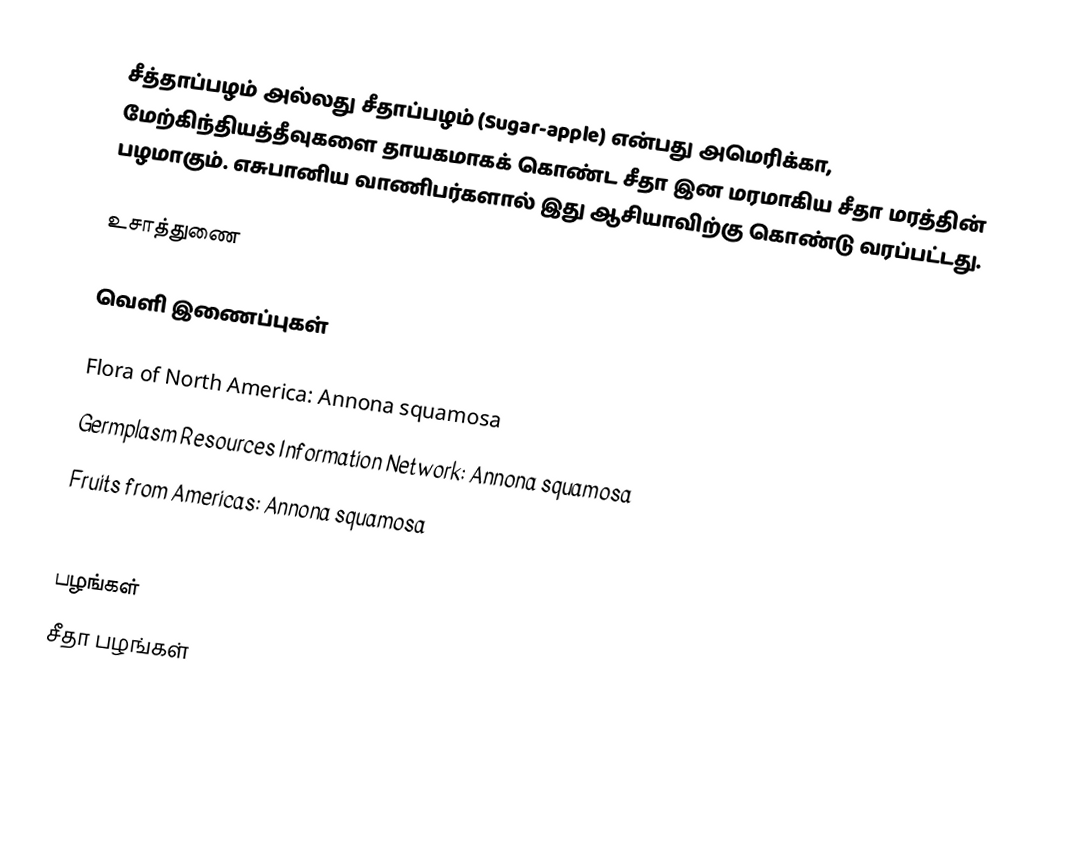
சீத்தாப்பழம் அல்லது சீதாப்பழம் (Sugar-apple) என்பது அமெரிக்கா, மேற்கிந்தியத்தீவுகளை தாயகமாகக் கொண்ட சீதா இன மரமாகிய சீதா மரத்தின் பழமாகும். எசுபானிய வாணிபர்களால் இது ஆசியாவிற்கு கொண்டு வரப்பட்டது.

உசாத்துணை

வெளி இணைப்புகள்

Flora of North America: Annona squamosa
Germplasm Resources Information Network: Annona squamosa
Fruits from Americas: Annona squamosa
Pacific Island Ecosystems at Risk: Annona squamosa

பழங்கள்
சீதா பழங்கள்